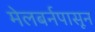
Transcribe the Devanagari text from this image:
मेलबर्नपासून